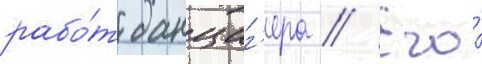
рабо́т данциг'ера // Его́